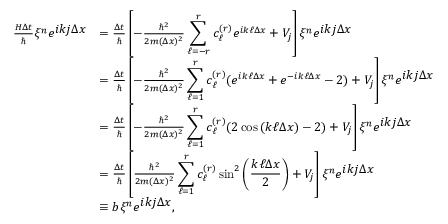
\begin{array} { r l } { \frac { H \Delta t } { \hbar } \xi ^ { n } e ^ { \displaystyle i k j \Delta x } } & { = \frac { \Delta t } { \hbar } \left[ - \frac { \hbar ^ { 2 } } { 2 m ( \Delta x ) ^ { 2 } } \displaystyle \sum _ { \ell = - r } ^ { r } c _ { \ell } ^ { ( r ) } e ^ { i k \ell \Delta x } + V _ { j } \right] \xi ^ { n } e ^ { \displaystyle i k j \Delta x } } \\ & { = \frac { \Delta t } { \hbar } \left[ - \frac { \hbar ^ { 2 } } { 2 m ( \Delta x ) ^ { 2 } } \displaystyle \sum _ { \ell = 1 } ^ { r } c _ { \ell } ^ { ( r ) } ( e ^ { i k \ell \Delta x } + e ^ { - i k \ell \Delta x } - 2 ) + V _ { j } \right] \xi ^ { n } e ^ { \displaystyle i k j \Delta x } } \\ & { = \frac { \Delta t } { \hbar } \left[ - \frac { \hbar ^ { 2 } } { 2 m ( \Delta x ) ^ { 2 } } \displaystyle \sum _ { \ell = 1 } ^ { r } c _ { \ell } ^ { ( r ) } ( 2 \cos { ( k \ell \Delta x ) } - 2 ) + V _ { j } \right] \xi ^ { n } e ^ { \displaystyle i k j \Delta x } } \\ & { = \frac { \Delta t } { \hbar } \left[ \frac { \hbar ^ { 2 } } { 2 m ( \Delta x ) ^ { 2 } } \displaystyle \sum _ { \ell = 1 } ^ { r } c _ { \ell } ^ { ( r ) } \sin ^ { 2 } \left( \frac { k \ell \Delta x } { 2 } \right) + V _ { j } \right] \xi ^ { n } e ^ { \displaystyle i k j \Delta x } } \\ & { \equiv b \xi ^ { n } e ^ { \displaystyle i k j \Delta x } , } \end{array}